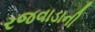
રજવાડાની